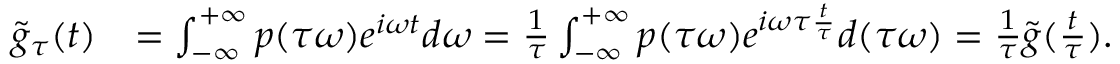
\begin{array} { r l } { \tilde { g } _ { \tau } ( t ) } & { = \int _ { - \infty } ^ { + \infty } p ( \tau \omega ) e ^ { i \omega t } d \omega = \frac { 1 } { \tau } \int _ { - \infty } ^ { + \infty } p ( \tau \omega ) e ^ { i \omega \tau \frac { t } { \tau } } d ( \tau \omega ) = \frac { 1 } { \tau } \tilde { g } ( \frac { t } { \tau } ) . } \end{array}